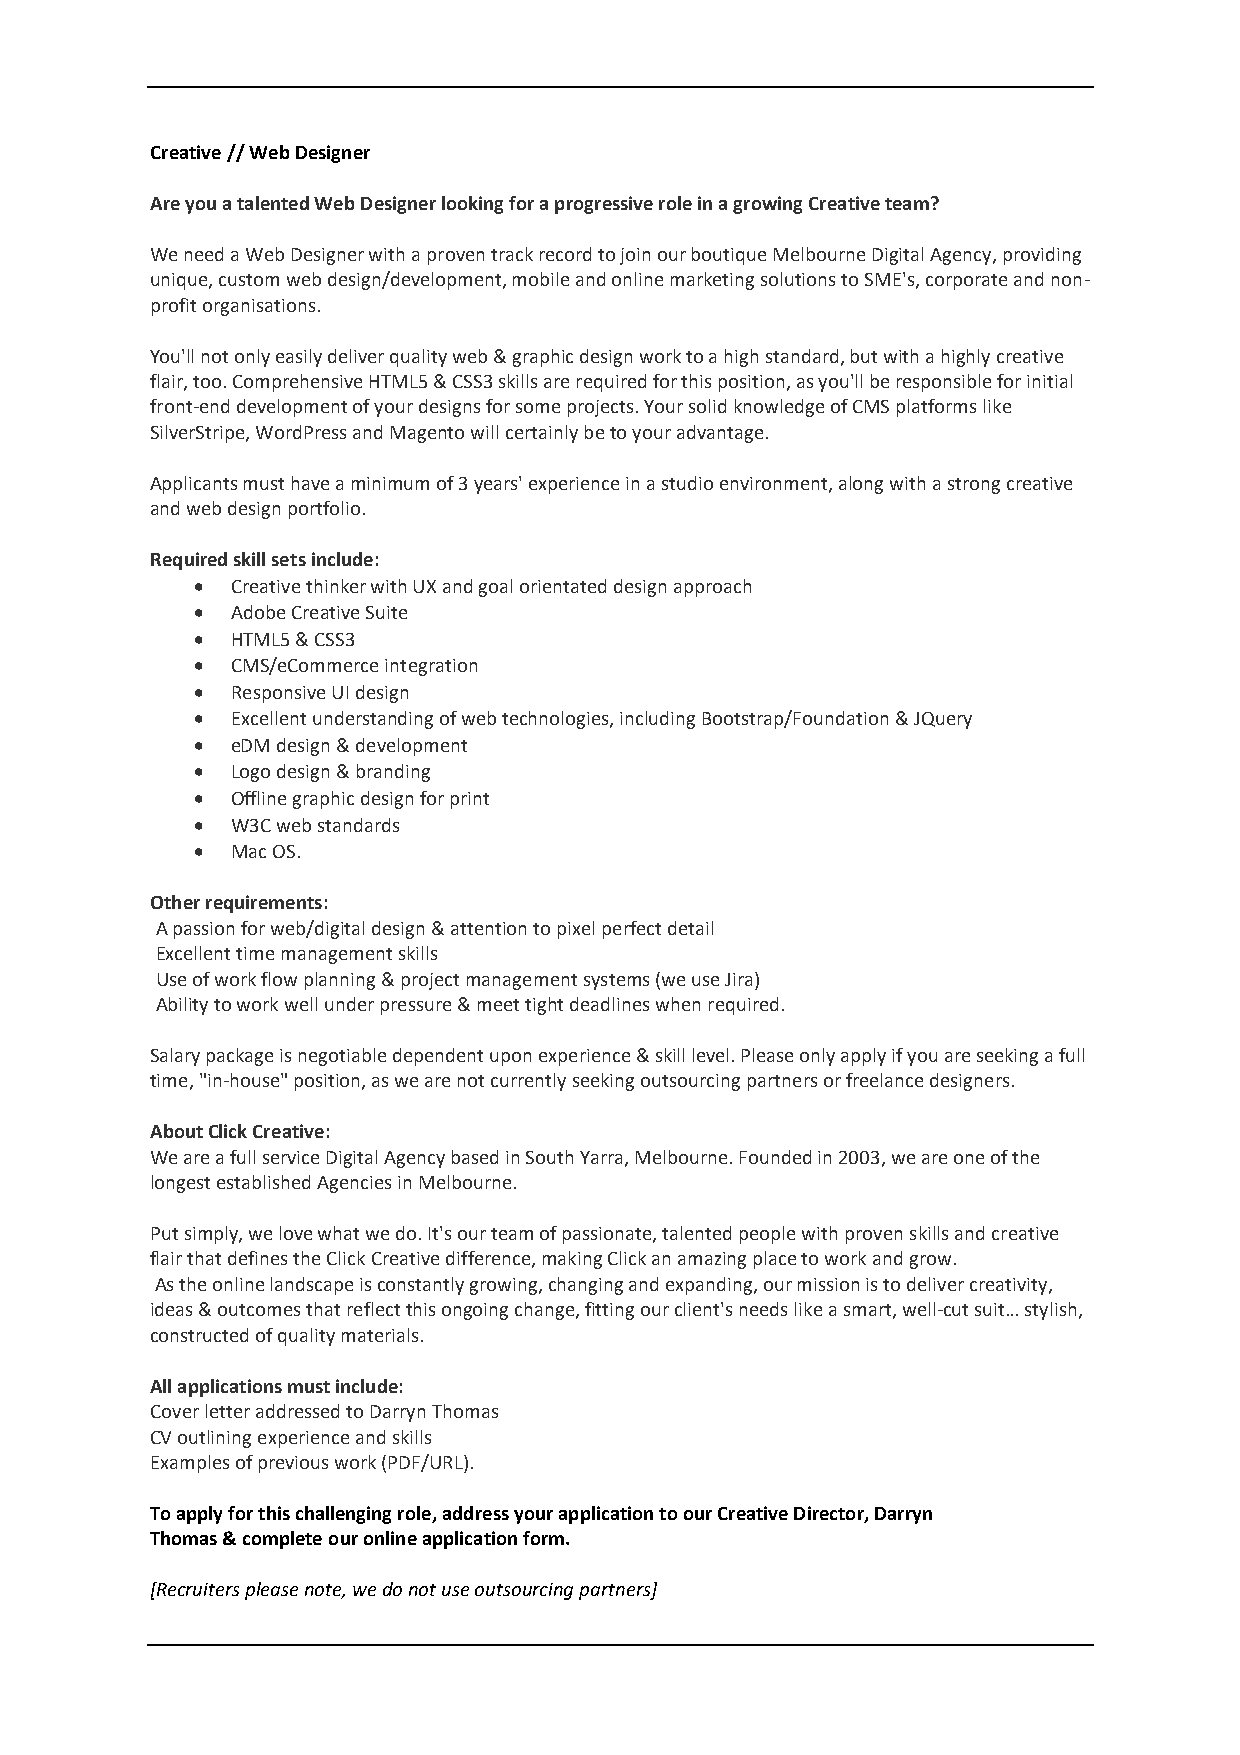
Creative // Web Designer
 Are you a talented Web Designer looking for a progressive role in a growing Creative team?
 We need a Web Designer with a proven track record to join our boutique Melbourne Digital Agency, providing
 unique, custom web design/development, mobile and online marketing solutions to SME's, corporate and non-
 profit organisations.
 You'll not only easily deliver quality web & graphic design work to a high standard, but with a highly creative
 flair, too. Comprehensive HTML5 & CSS3 skills are required for this position, as you'll be responsible for initial
 front-end development of your designs for some projects. Your solid knowledge of CMS platforms like
 SilverStripe, WordPress and Magento will certainly be to your advantage.
 Applicants must have a minimum of 3 years' experience in a studio environment, along with a strong creative
 and web design portfolio.
 Required skill sets include:
 • Creative thinker with UX and goal orientated design approach
 • Adobe Creative Suite
 • HTML5 & CSS3
 • CMS/eCommerce integration
 • Responsive UI design
 • Excellent understanding of web technologies, including Bootstrap/Foundation & JQuery
 • eDM design & development
 • Logo design & branding
 • Offline graphic design for print
 • W3C web standards
 • Mac OS.
 Other requirements:
 A passion for web/digital design & attention to pixel perfect detail
 Excellent time management skills
 Use of work flow planning & project management systems (we use Jira)
 Ability to work well under pressure & meet tight deadlines when required.
 Salary package is negotiable dependent upon experience & skill level. Please only apply if you are seeking a full
 time, "in-house" position, as we are not currently seeking outsourcing partners or freelance designers.
 About Click Creative:
 We are a full service Digital Agency based in South Yarra, Melbourne. Founded in 2003, we are one of the
 longest established Agencies in Melbourne.
 Put simply, we love what we do. It's our team of passionate, talented people with proven skills and creative
 flair that defines the Click Creative difference, making Click an amazing place to work and grow.
 As the online landscape is constantly growing, changing and expanding, our mission is to deliver creativity,
 ideas & outcomes that reflect this ongoing change, fitting our client's needs like a smart, well-cut suit… stylish,
 constructed of quality materials.
 All applications must include:
 Cover letter addressed to Darryn Thomas
 CV outlining experience and skills
 Examples of previous work (PDF/URL).
 To apply for this challenging role, address your application to our Creative Director, Darryn
 Thomas & complete our online application form.
 [Recruiters please note, we do not use outsourcing partners]